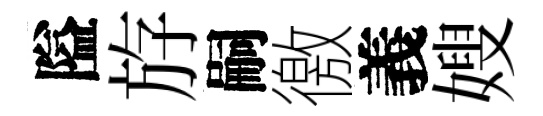
隘斿嗣徼義嫂